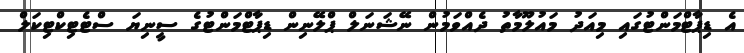
އެ ޑިޕާޓްމަންޓުގައި މިއަދު މައުލޫމާތު ދެއްވަމުން ނޭޝަނަލް ޕްލޭނިން ޑިޕާޓްމަންޓުގެ ސީނިޔަ ސްޓެޓިކްޓިކަލް